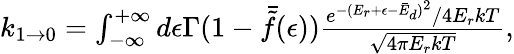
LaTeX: \begin{array}{r}{k_{1\rightarrow 0}=\int_{-\infty}^{+\infty}d\epsilon\Gamma(1-\bar{\tilde{f}}(\epsilon))\frac{e^{-(E_{r}+\epsilon-\bar{E}_{d})^{2}}/4E_{r}kT}{\sqrt{4\pi E_{r}kT}},}\end{array}